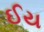
ઈય